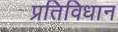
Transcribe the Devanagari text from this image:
प्रतिविधान